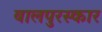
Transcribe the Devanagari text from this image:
बालपुरस्कार